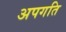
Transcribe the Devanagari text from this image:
अपगति